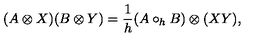
( A \otimes X ) ( B \otimes Y ) = \frac { 1 } { h } ( A \circ _ { h } B ) \otimes ( X Y ) ,